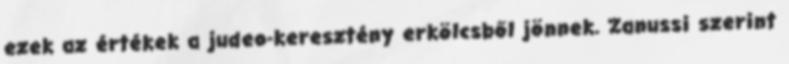
ezek az értékek a judeo-keresztény erkölcsből jönnek. Zanussi szerint